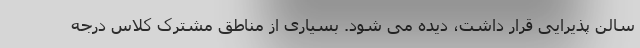
سالن پذیرایی قرار داشت، دیده می شود. بسیاری از مناطق مشترک کلاس درجه